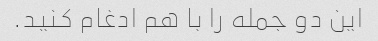
این دو جمله را با هم ادغام کنید.